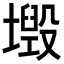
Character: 𡒂